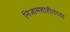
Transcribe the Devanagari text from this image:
निजामशाहीतच्या